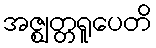
အဇ္ဈတ္တရူပေတိ